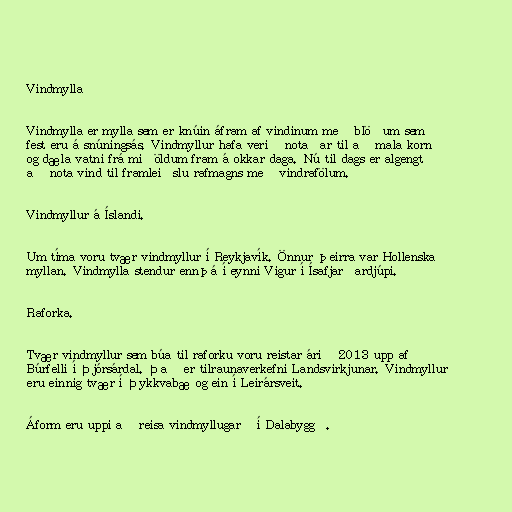
Vindmylla

Vindmylla er mylla sem er knúin áfram af vindinum með blöðum sem
fest eru á snúningsás. Vindmyllur hafa verið notaðar til að mala korn
og dæla vatni frá miðöldum fram á okkar daga. Nú til dags er algengt
að nota vind til framleiðslu rafmagns með vindrafölum.

Vindmyllur á Íslandi.

Um tíma voru tvær vindmyllur í Reykjavík. Önnur þeirra var Hollenska
myllan. Vindmylla stendur ennþá í eynni Vigur í Ísafjarðardjúpi.

Raforka.

Tvær vindmyllur sem búa til raforku voru reistar árið 2013 upp af
Búrfelli í Þjórsárdal. Það er tilraunaverkefni Landsvirkjunar. Vindmyllur
eru einnig tvær í Þykkvabæ og ein í Leirársveit.

Áform eru uppi að reisa vindmyllugarð í Dalabyggð.